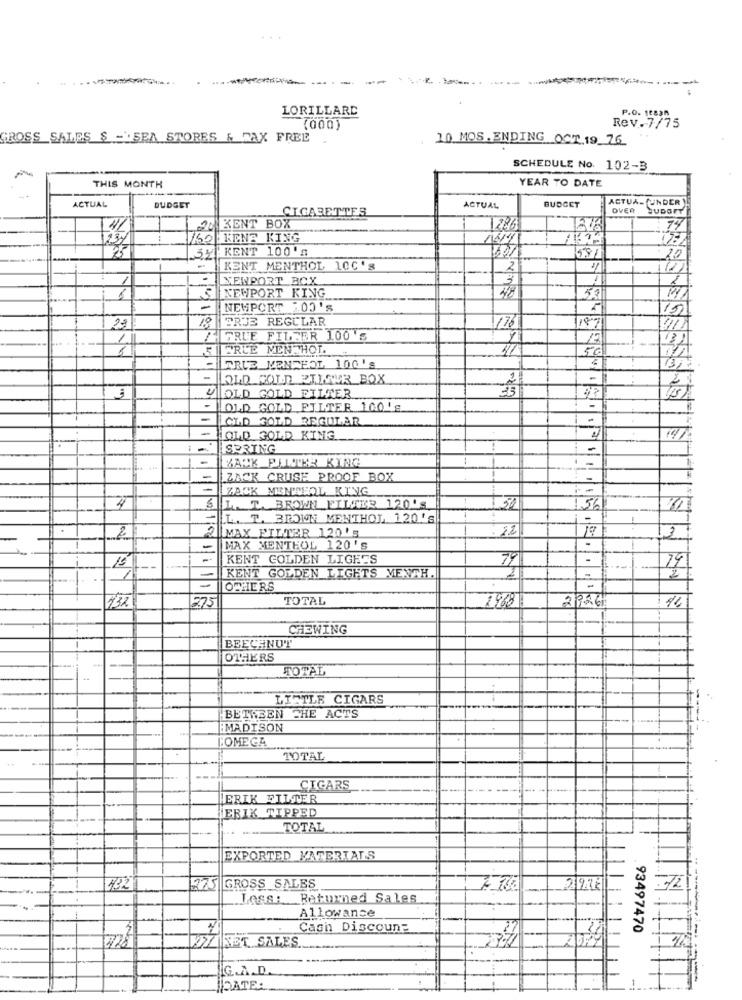
LORILLARD
Rev.7/75
P.O. 1882
(000)
GROSS SALES $ ="SEA STORES & TAX FREE
10 MOS.ENDING OCT.19 76
SCHEDULE No. 102-3
YEAR TO DATE
THIS MONTH
ACTUA- (UNDER
ACTUAL
BUDGET
CIGARETTES
ACTUAL
BUDGET
OVER
20 KENT BOX
1226
74
750 KENS KING
5Y KENT 100'S
2.0
KENT MENTHOL 10C'S
2
NEWPORT BCX
3
NEWPORT KING
48
NEWPORT 200'S
15
18
PRUE REGULAR
18%
23
176
40
1.
GRUE FILFER 100 'S
TRUE MENTHOL
50
-
TRUE MENTERL 100'S
OLD FOUR ETIAMR BOX
"OLD GOLD FILTER
-
LOLD GOLD FILTER 100's
-
OLD GOLD REGULAR
-
OLD GOLD KING
:
-
SPRING
-
ZACK CRUSE PROOF BOX
ZACK MENTEAL KING
4
S L. T. BROWN FILMER 120'S
156
L. T. BROWN MENTHOL 120'S
2
: 32
MAX FILTER 120'5
-
MAX MENTHOL 120'S
-
15
- KENT COLDEN LIGHTS
79
1
79
2
- KENT GOLDEN LIGHTS MENCH.
OTHERS
275
TOTAL
2926
1968
CHEWING
BEECHNUT
OTHERS
TOTAL
LIFTLE CIGARS
BETWEEN THE ACTS
IMADISON
OMEGA
TOTAL
CIGARS
ERIK FILTER
ERIK TIPPED
TOTAL
EXPORTED MATERIALS
432
275 GROSS SALES
.72
.LOSS :...
Returned Sales
Allowance
Cash Discount
93497470
2
ZZZNET SALES
928
IG.A.D.
DATE: